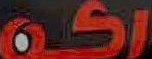
159